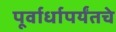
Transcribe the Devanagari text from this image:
पूर्वार्धापर्यंतचे